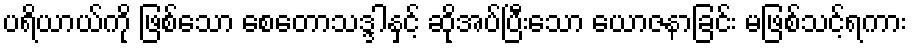
ပရိယာယ်ကို ဖြစ်သော စေတောသဒ္ဒါနှင့် ဆိုအပ်ပြီးသော ယောဇနာခြင်း မဖြစ်သင့်ရကား